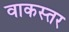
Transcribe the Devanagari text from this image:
वाकस्तर